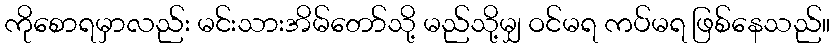
ကိုစောရမှာလည်း မင်းသားအိမ်တော်သို့ မည်သို့မျှ ဝင်မရ ကပ်မရ ဖြစ်နေသည်။